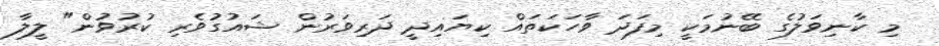
މި ކާނިވަލުގެ ބޭނުމަކީ މިފަދަ ވާހަކަތައް ކިޔައިދީ ދަރިވަރުން ޝައުގުވެރި ކުރުވުން" ލީލާ